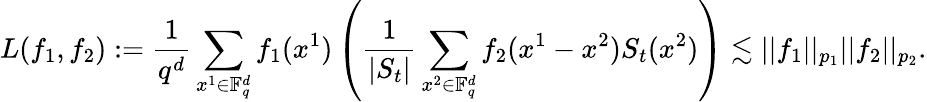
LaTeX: L(f_{1},f_{2}):=\frac{1}{q^{d}}\sum_{x^{1}\in\mathbb F_{q}^{d}}f_{1}(x^{1})\left(\frac{1}{|S_{t}|}\sum_{x^{2}\in\mathbb F_{q}^{d}}f_{2}(x^{1}-x^{2})S_{t}(x^{2})\right)\lesssim||f_{1}||_{p_{1}}||f_{2}||_{p_{2}}.